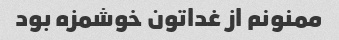
ممنونم از غداتون خوشمزه بود